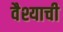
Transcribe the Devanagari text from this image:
वैश्याची